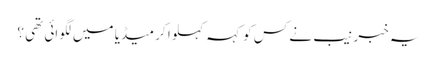
یہ خبر نیب نے کس کو کہہ کہلوا کر میڈیا میں لگوائی تھی ؟